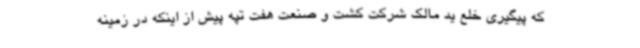
که پیگیری خلع ید مالک شرکت کشت و صنعت هفت تپه پیش از اینکه در زمینه